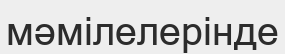
мәмілелерінде